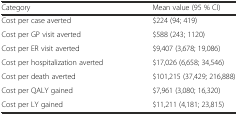
| Category | Mean value (95 % CI) |
 | --- | --- |
 | Cost per case averted | $224 (94; 419) |
 | Cost per GP visit averted | $588 (243; 1120) |
 | Cost per ER visit averted | $9,407 (3,678; 19,086) |
 | Cost per hospitalization averted | $17,026 (6,658; 34,546) |
 | Cost per death averted | $101,215 (37,429; 216,888) |
 | Cost per QALY gained | $7,961 (3,080; 16,320) |
 | Cost per LY gained | $11,211 (4,181; 23,815) |